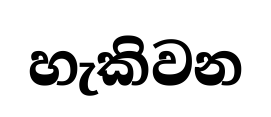
හැකිවන